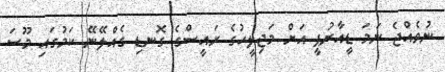
ނުވެއްޖެ ނަމަ ޑީއާރުޕީ އަށް މަޖިލީހުގެ ރައީސްގެ ގޮނޑި ގެއްލޭނޭ ކަމުގައި މޫސަ